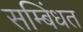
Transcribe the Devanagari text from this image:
सम्बिंधत